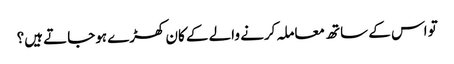
تو اس کے ساتھ معاملہ کرنے والے کے کان کھڑے ہوجاتے ہیں؟